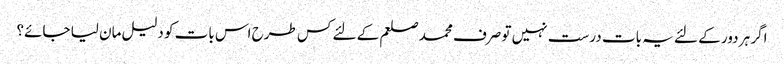
اگر ہر دور کے لئے یہ بات درست نہیں تو صرف محمد صلعم کے لئے کس طرح اس بات کو دلیل مان لیا جائے؟